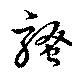
騷